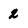
Character: 2